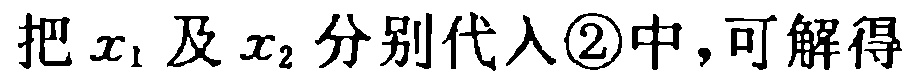
把\(x_1\)及\(x_2\)分别代入\textcircled{2}中，可解得